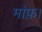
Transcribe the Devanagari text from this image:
मांफ़।